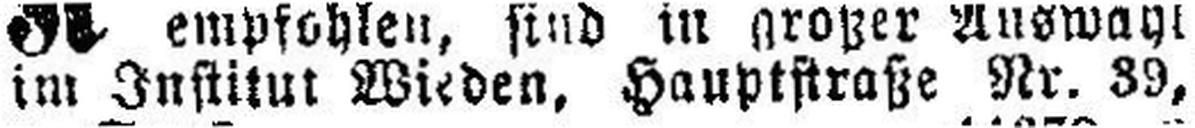
im Institut Wieden, Hauptstraße Nr. 39,